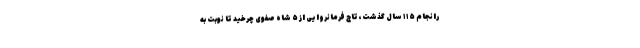
رانجام ۱۱۵ سال گذشت، تاج فرمانروایی از ۵ شاه صفوی چرخید تا نوبت به